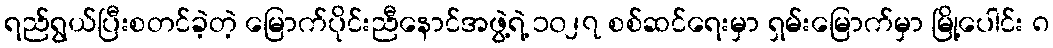
ရည်ရွယ်ပြီးစတင်ခဲ့တဲ့ မြောက်ပိုင်းညီနောင်အဖွဲ့ရဲ့ ၁၀၂၇ စစ်ဆင်ရေးမှာ ရှမ်းမြောက်မှာ မြို့ပေါင်း ၈